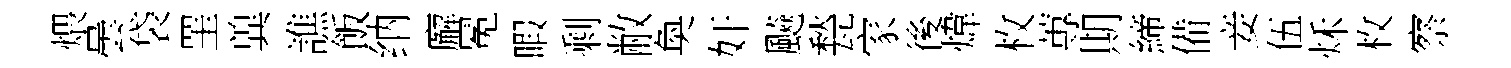
煨曇袋罣兾譙飯纳廨冕暇剩敝奐奸飇甃家後煒枚蓴期締備妾伍秌枚察